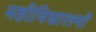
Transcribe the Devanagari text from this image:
महीविद्यालयों